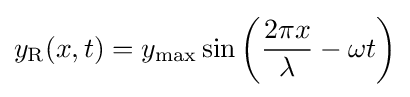
y_{\text{R}}(x,t)=y_{\text{max}}\sin \left({2\pi x \over \lambda }-\omega t\right)